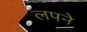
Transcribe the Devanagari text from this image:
लपने